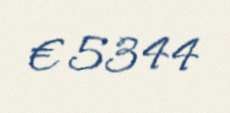
€ 5344